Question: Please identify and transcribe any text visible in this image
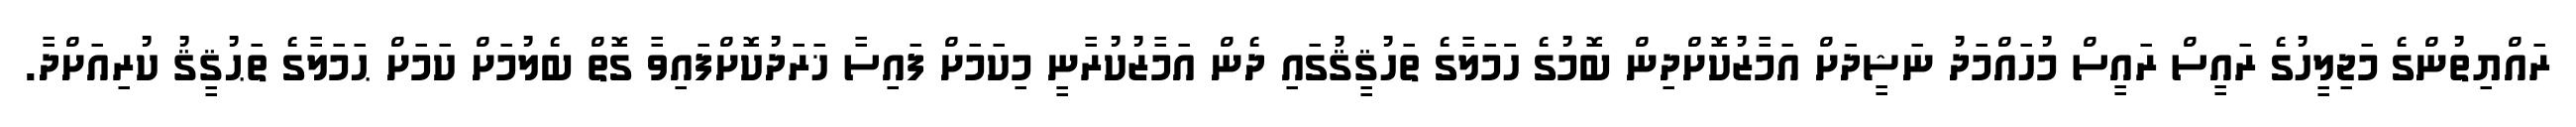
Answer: ރައްޔިތުންގެ މަޖިލީހުގެ ރައީސް ރައީސް މުހައްމަދު ނަޝީދަށް އަމާޒުކޮށްދިން ބޮމުގެ ހަަމަލާގެ ތަހުޤީޤުގައި ދެން އަމާޒުކުރާނީ މިކަމަށް ފައިސާ ޚަރަދުކޮށްފައިވާ ގޮތް ބެލުމަށް ކަމަށް ޙަމަލާގެ ތަޙުޤީޤު ކުރިއަށްދާ.